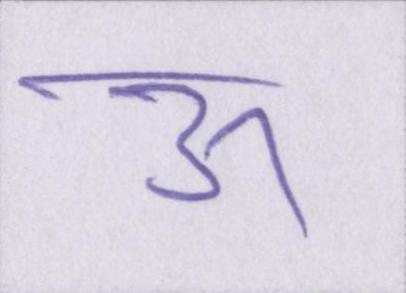
ऊ